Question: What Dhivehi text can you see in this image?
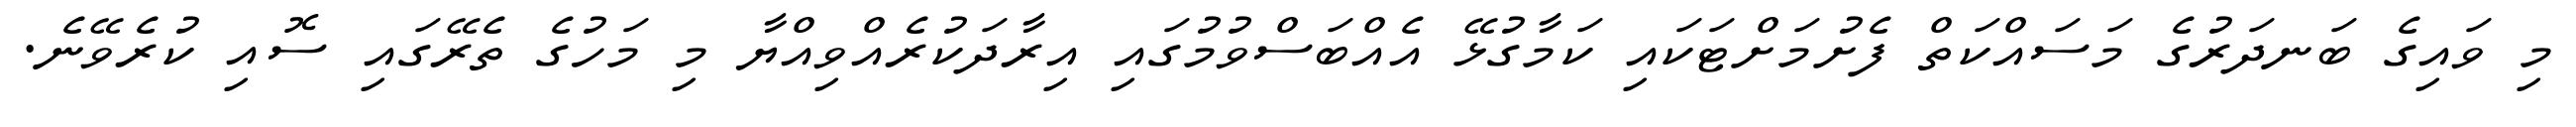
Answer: މި ވައިގެ ބަނދަރުގެ މަސައްކަތް ފެށުމަށްޓަކައި ކަމާގުޅޭ އެއްބަސްވުމުގައި އިރާދަކުރެއްވިއްޔާ މި މަހުގެ ތެރޭގައި ސޮއި ކުރެވޭނެ.